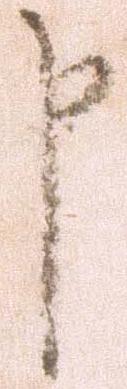
申